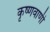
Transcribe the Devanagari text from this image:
कृष्णवाणी